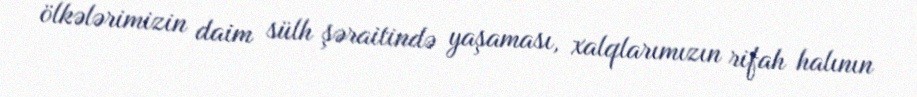
ölkələrimizin daim sülh şəraitində yaşaması, xalqlarımızın rifah halının